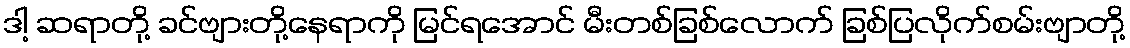
ဒါ့ ဆရာတို့ ခင်ဗျားတို့နေရာကို မြင်ရအောင် မီးတစ်ခြစ်လောက် ခြစ်ပြလိုက်စမ်းဗျာတို့